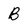
Character: B